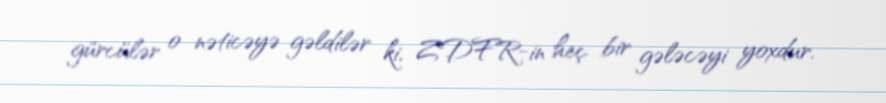
gürcülər o nəticəyə gəldilər ki, ZDFR-in heç bir gələcəyi yoxdur.